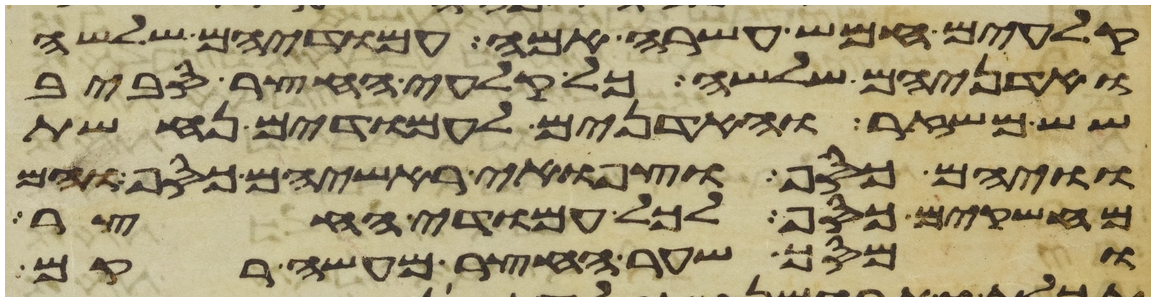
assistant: קלעים חמש עשרה אמה עמודיהם שלשה
ואדניהם שלשה כל קלעי החצר סביב
שש משזר והאדנים לעמודים נחשת
וויהם כסף וצפוי ראשיהם כסף והם
מחשקים כסף לכל עמודי החצר
ומסך שער החצר מעשה רקם